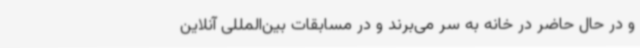
و در حال حاضر در خانه به سر می‌برند و در مسابقات بین‌المللی آنلاین